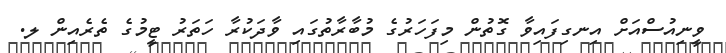
ވީނިއުސްއަށް އިނގިފައިވާ ގޮތުން މިފަހަރުގެ މުބާރާތުގައި ވާދަކުރާ ހަތަރު ޓީމުގެ ތެރެއިން ލ.